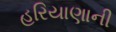
હરિયાણાની